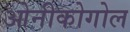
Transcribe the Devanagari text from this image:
ओनीकोगोल